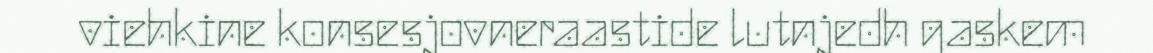
viehkine konsesjovneraastide lutnjedh gaskem